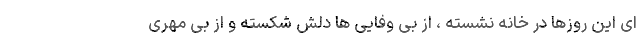
ای این روزها در خانه نشسته ، از بی وفایی ها دلش شکسته و از بی مهری